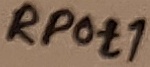
Text: RPot1